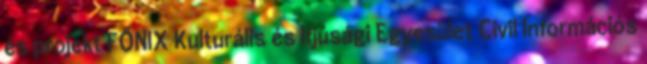
és projekt FŐNIX Kulturális és Ifjúsági Egyesület Civil Információs